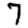
Digit: 7